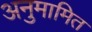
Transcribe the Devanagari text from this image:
अनुमामित